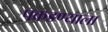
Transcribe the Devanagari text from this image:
पकडण्याला